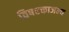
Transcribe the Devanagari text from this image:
विषरक्ताजन्य